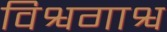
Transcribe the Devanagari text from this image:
विश्वगाश्व